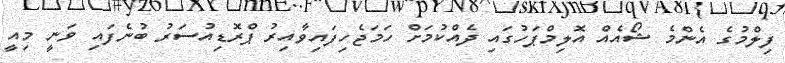
ފިލްމުގެ އެންމެ ޝޯއެއް އޮލިމްޕަހުގައި ދެއްކުމަށް ހަމަޖެހިފައިވާއިރު ޕްރޮޑިއުސަރު ބުނެފައި ވަނީ މިއީ